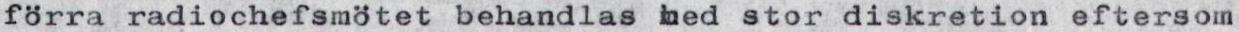
förra radiochefsmötet behandlas med stor diskretion eftersom